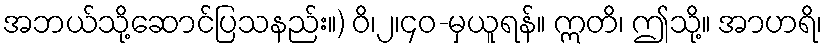
အဘယ်သို့ဆောင်ပြသနည်း။) ဝိ၊၂၊၄၀-မှယူရန်။ ဣတိ၊ ဤသို့။ အာဟရိ၊